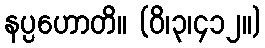
နပ္ပဟောတိ။ (ဝိ၊၃၊၄၁၂။)